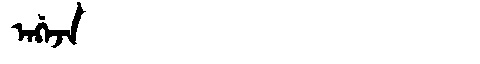
Manchu: ᠠᡤ᠋ᠠᠵᠠ
Romanization: AG'AJA